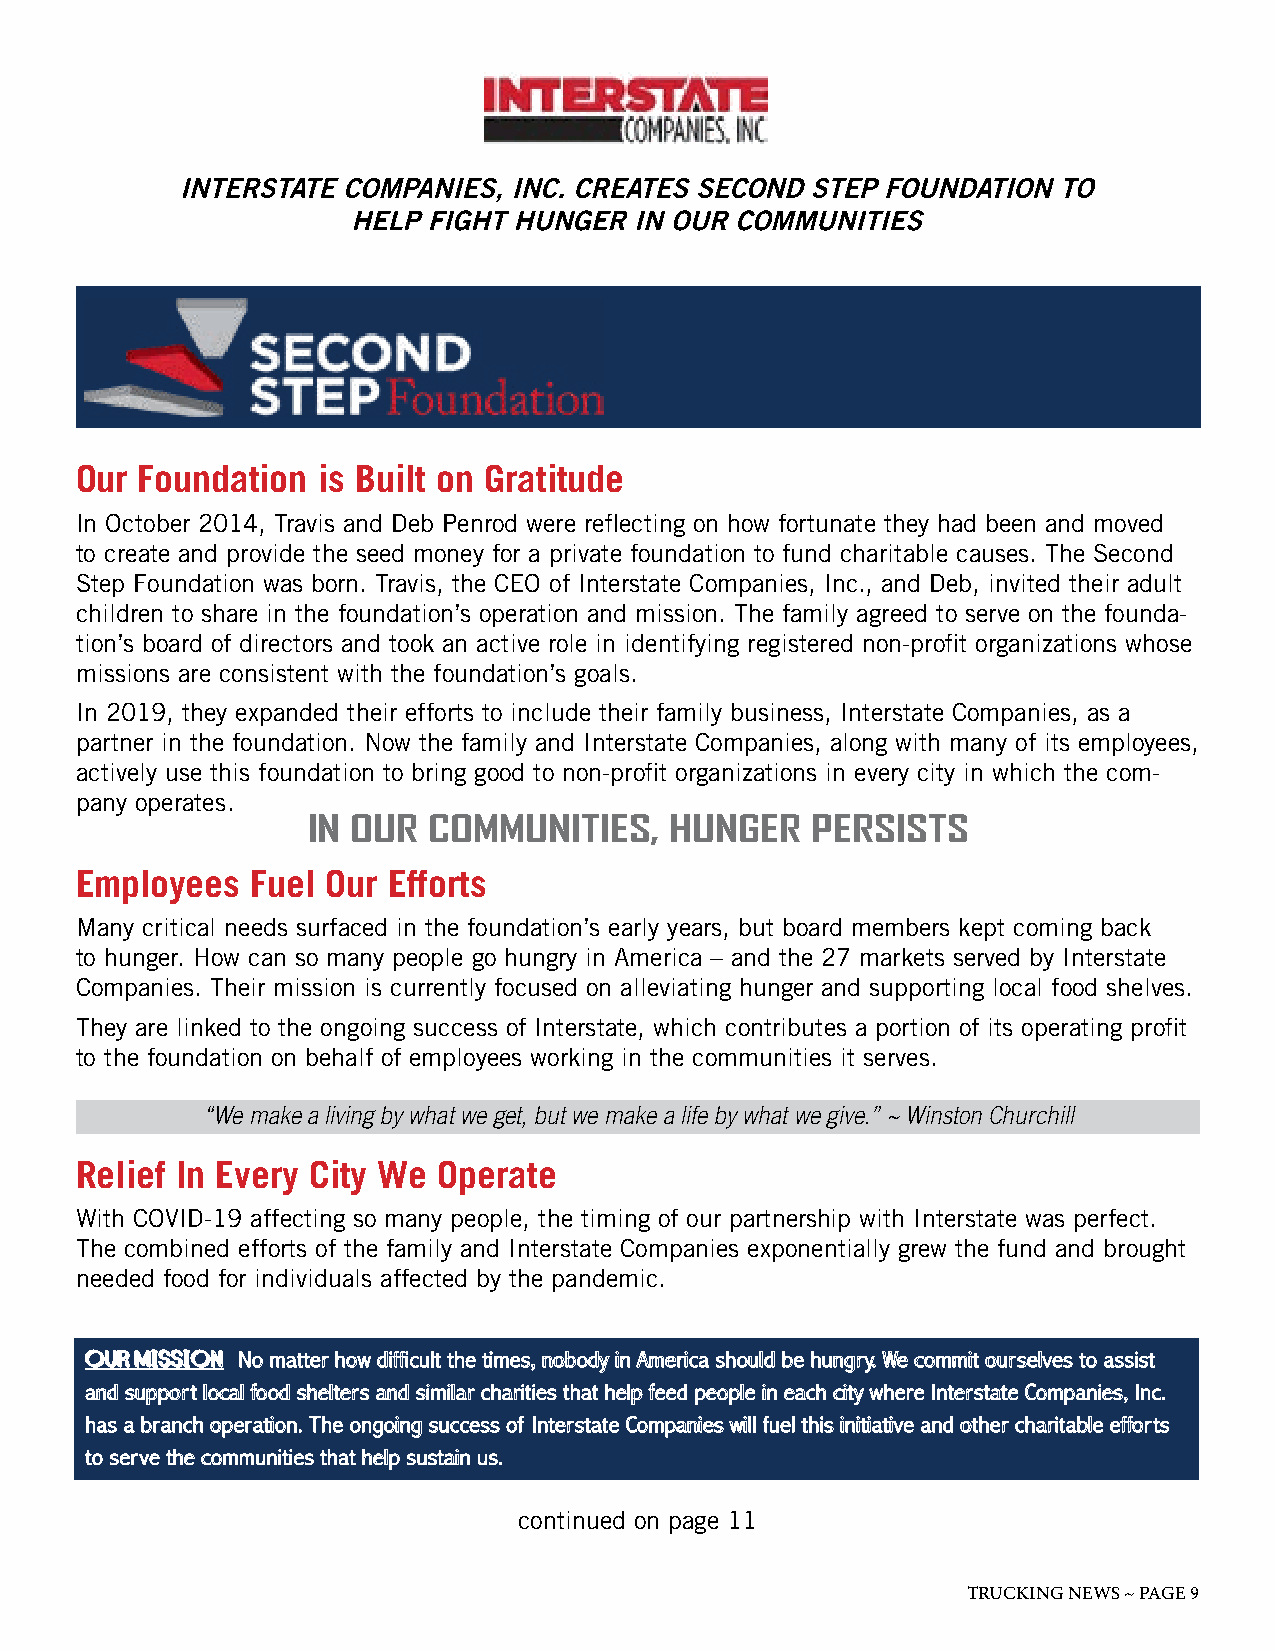
Our Foundation  is Built on Gratitude
 In October 2014, Travis and Deb Penrod were reflecting on how fortunate they had been and moved
 to create and provide the seed money for a private foundation to fund charitable causes. The Second
 Step Foundation was born. Travis, the CEO of Interstate Companies, Inc., and Deb, invited their adult
 children to share in the foundation’s operation and mission. The family agreed to serve on the founda-
 tion’s board of directors and took an active role in identifying registered non-profit organizations whose
 missions are consistent with the foundation’s goals.
 In 2019, they expanded their efforts to include their family business, Interstate Companies, as a
 partner in the foundation. Now the family and Interstate Companies, along with many of its employees,
 actively use this foundation to bring good to non-profit organizations in every city in which the com-
 pany operates.
 IN OUR  COMMUNITIES,    HUNGER    PERSISTS
 Employees   Fuel Our Efforts
 Many critical needs surfaced in the foundation’s early years, but board members kept coming back
 to hunger. How can so many people go hungry in America – and the 27 markets served by Interstate
 Companies. Their mission is currently focused on alleviating hunger and supporting local food shelves.
 They are linked to the ongoing success of Interstate, which contributes a portion of its operating profit
 to the foundation on behalf of employees working in the communities it serves.
 “We make a living by what we get, but we make a life by what we give.” ~ Winston Churchill
 Relief In Every City We Operate
 With COVID-19 affecting so many people, the timing of our partnership with Interstate was perfect.
 The combined efforts of the family and Interstate Companies exponentially grew the fund and brought
 needed food for individuals affected by the pandemic.
 OOuurr MMiissssiioonn NNoo mmaatttteerr hhooww ddiiffffiiccuulltt tthhee ttiimmeess,, nnoobbooddyy iinn AAmmeerriiccaa sshhoouulldd bbee hhuunnggrryy.. WWee ccoommmmiitt oouurrsseellvveess ttoo aassssiisstt
 aanndd ssuuppppoorrtt llooccaall ffoooodd sshheelltteerrss aanndd ssiimmiillaarr cchhaarriittiieess tthhaatt hheellpp ffeeeedd ppeeooppllee iinn eeaacchh cciittyy wwhheerree IInntteerrssttaattee CCoommppaanniieess,, IInncc..
 hhaass aa bbrraanncchh ooppeerraattiioonn.. TThhee oonnggooiinngg ssuucccceessss ooff IInntteerrssttaattee CCoommppaanniieess wwiillll ffuueell tthhiiss iinniittiiaattiivvee aanndd ootthheerr cchhaarriittaabbllee eeffffoorrttss
 ttoo sseerrvvee tthhee ccoommmmuunniittiieess tthhaatt hheellpp ssuussttaaiinn uuss..
 continued on page 11
 TRUCKING NEWS ~ PAGE 9